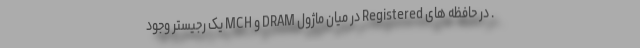
. در حافظه های Registered در میان ماژول DRAM و MCH یک رجیستر وجود